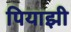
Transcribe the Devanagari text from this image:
पियाझी